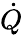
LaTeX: \dot{Q}